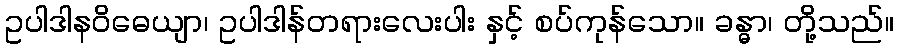
ဥပါဒါနဝိဓေယျာ၊ ဥပါဒါန်တရားလေးပါး နှင့် စပ်ကုန်သော။ ခန္ဓာ၊ တို့သည်။